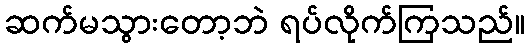
ဆက်မသွားတော့ဘဲ ရပ်လိုက်ကြသည်။